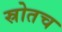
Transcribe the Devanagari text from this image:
स्रोतच